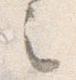
之